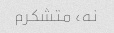
نه، متشکرم